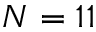
N = 1 1